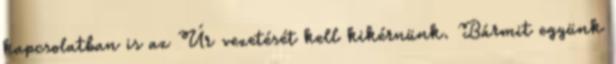
kapcsolatban is az Úr vezetését kell kikérnünk. Bármit együnk